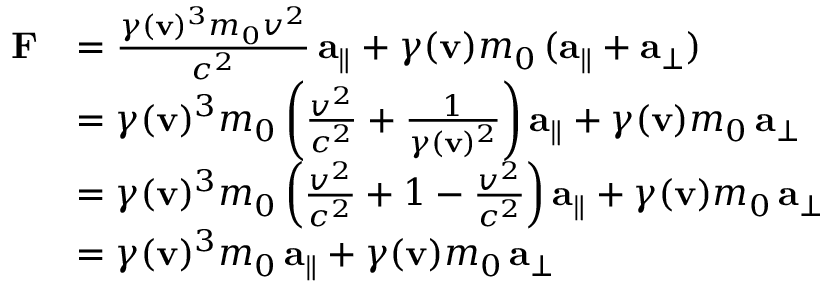
{ \begin{array} { r l } { \mathbf { F } } & { = { \frac { \gamma ( \mathbf { v } ) ^ { 3 } m _ { 0 } v ^ { 2 } } { c ^ { 2 } } } \, \mathbf { a } _ { \parallel } + \gamma ( \mathbf { v } ) m _ { 0 } \, ( \mathbf { a } _ { \parallel } + \mathbf { a } _ { \perp } ) } \\ & { = \gamma ( \mathbf { v } ) ^ { 3 } m _ { 0 } \left( { \frac { v ^ { 2 } } { c ^ { 2 } } } + { \frac { 1 } { \gamma ( \mathbf { v } ) ^ { 2 } } } \right) \mathbf { a } _ { \parallel } + \gamma ( \mathbf { v } ) m _ { 0 } \, \mathbf { a } _ { \perp } } \\ & { = \gamma ( \mathbf { v } ) ^ { 3 } m _ { 0 } \left( { \frac { v ^ { 2 } } { c ^ { 2 } } } + 1 - { \frac { v ^ { 2 } } { c ^ { 2 } } } \right) \mathbf { a } _ { \parallel } + \gamma ( \mathbf { v } ) m _ { 0 } \, \mathbf { a } _ { \perp } } \\ & { = \gamma ( \mathbf { v } ) ^ { 3 } m _ { 0 } \, \mathbf { a } _ { \parallel } + \gamma ( \mathbf { v } ) m _ { 0 } \, \mathbf { a } _ { \perp } } \end{array} }